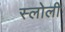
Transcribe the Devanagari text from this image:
स्लोली